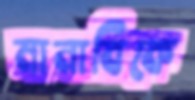
মানাবিকে